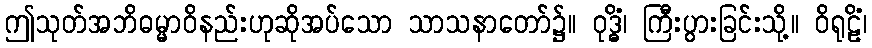
ဤသုတ်အဘိဓမ္မာဝိနည်းဟုဆိုအပ်သော သာသနာတော်၌။ ဝုဒ္ဓိံ၊ ကြီးပွားခြင်းသို့။ ဝိရုဠိံ၊